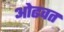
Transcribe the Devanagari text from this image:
ओढवत